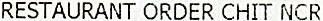
RESTAURANT ORDER CHIT NCR